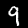
Label: 9